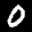
Label: 0